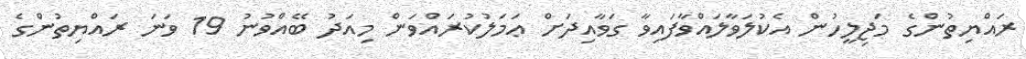
ރައްޔިތުންގެ މަޖިލީހުން އެކުލަވާލައްވާފައިވާ ގަވާއިދަށް ޢަމަލުކުރައްވަން މިއަދު ބޭއްވުނު 19 ވަނަ ރައްޔިތުންގެ